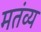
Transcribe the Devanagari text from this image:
मतंव्य